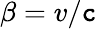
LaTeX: \beta=v/\mathtt{c}